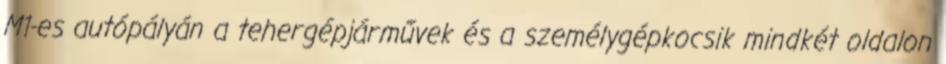
M1-es autópályán a tehergépjárművek és a személygépkocsik mindkét oldalon